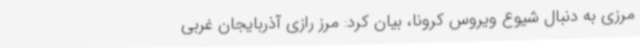
مرزی به دنبال شیوع ویروس کرونا، بیان کرد: مرز رازی آذربایجان غربی